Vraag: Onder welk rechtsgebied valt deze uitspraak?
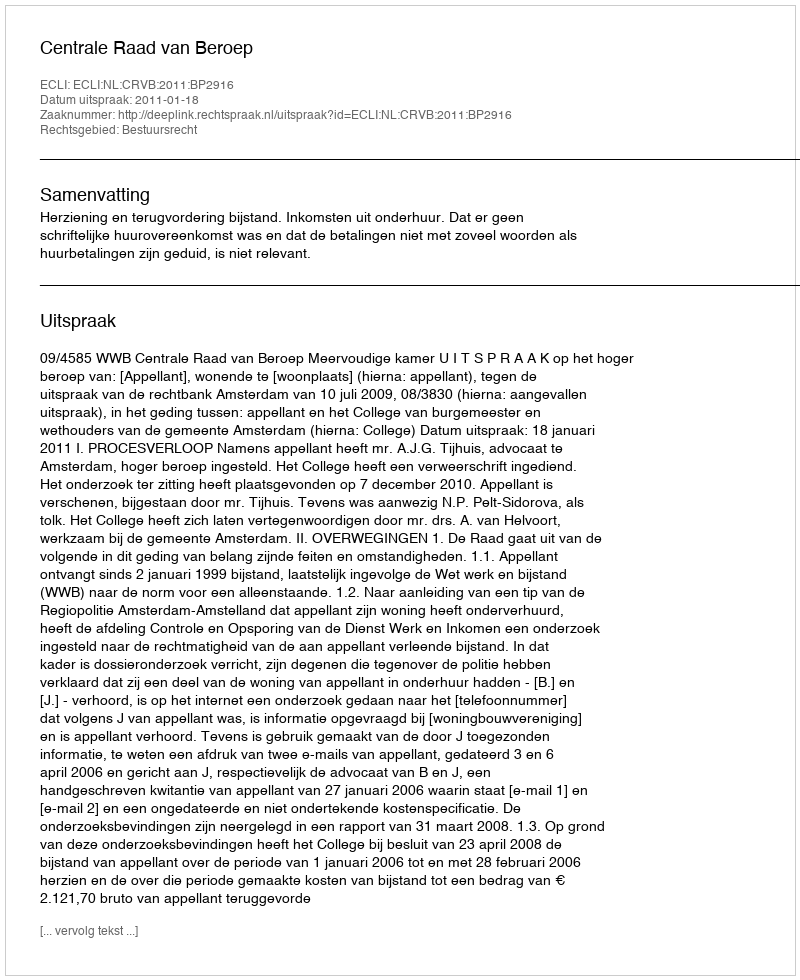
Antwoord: Bestuursrecht